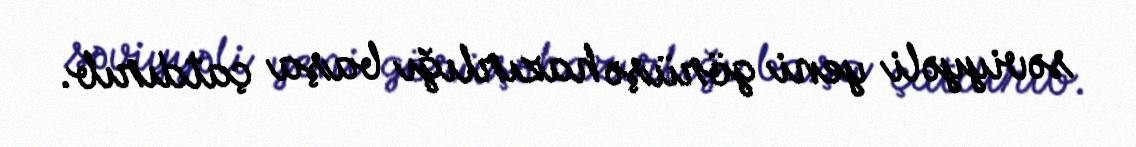
səviyyəli yeni görüşə hazırlığı başa çatdırıb.